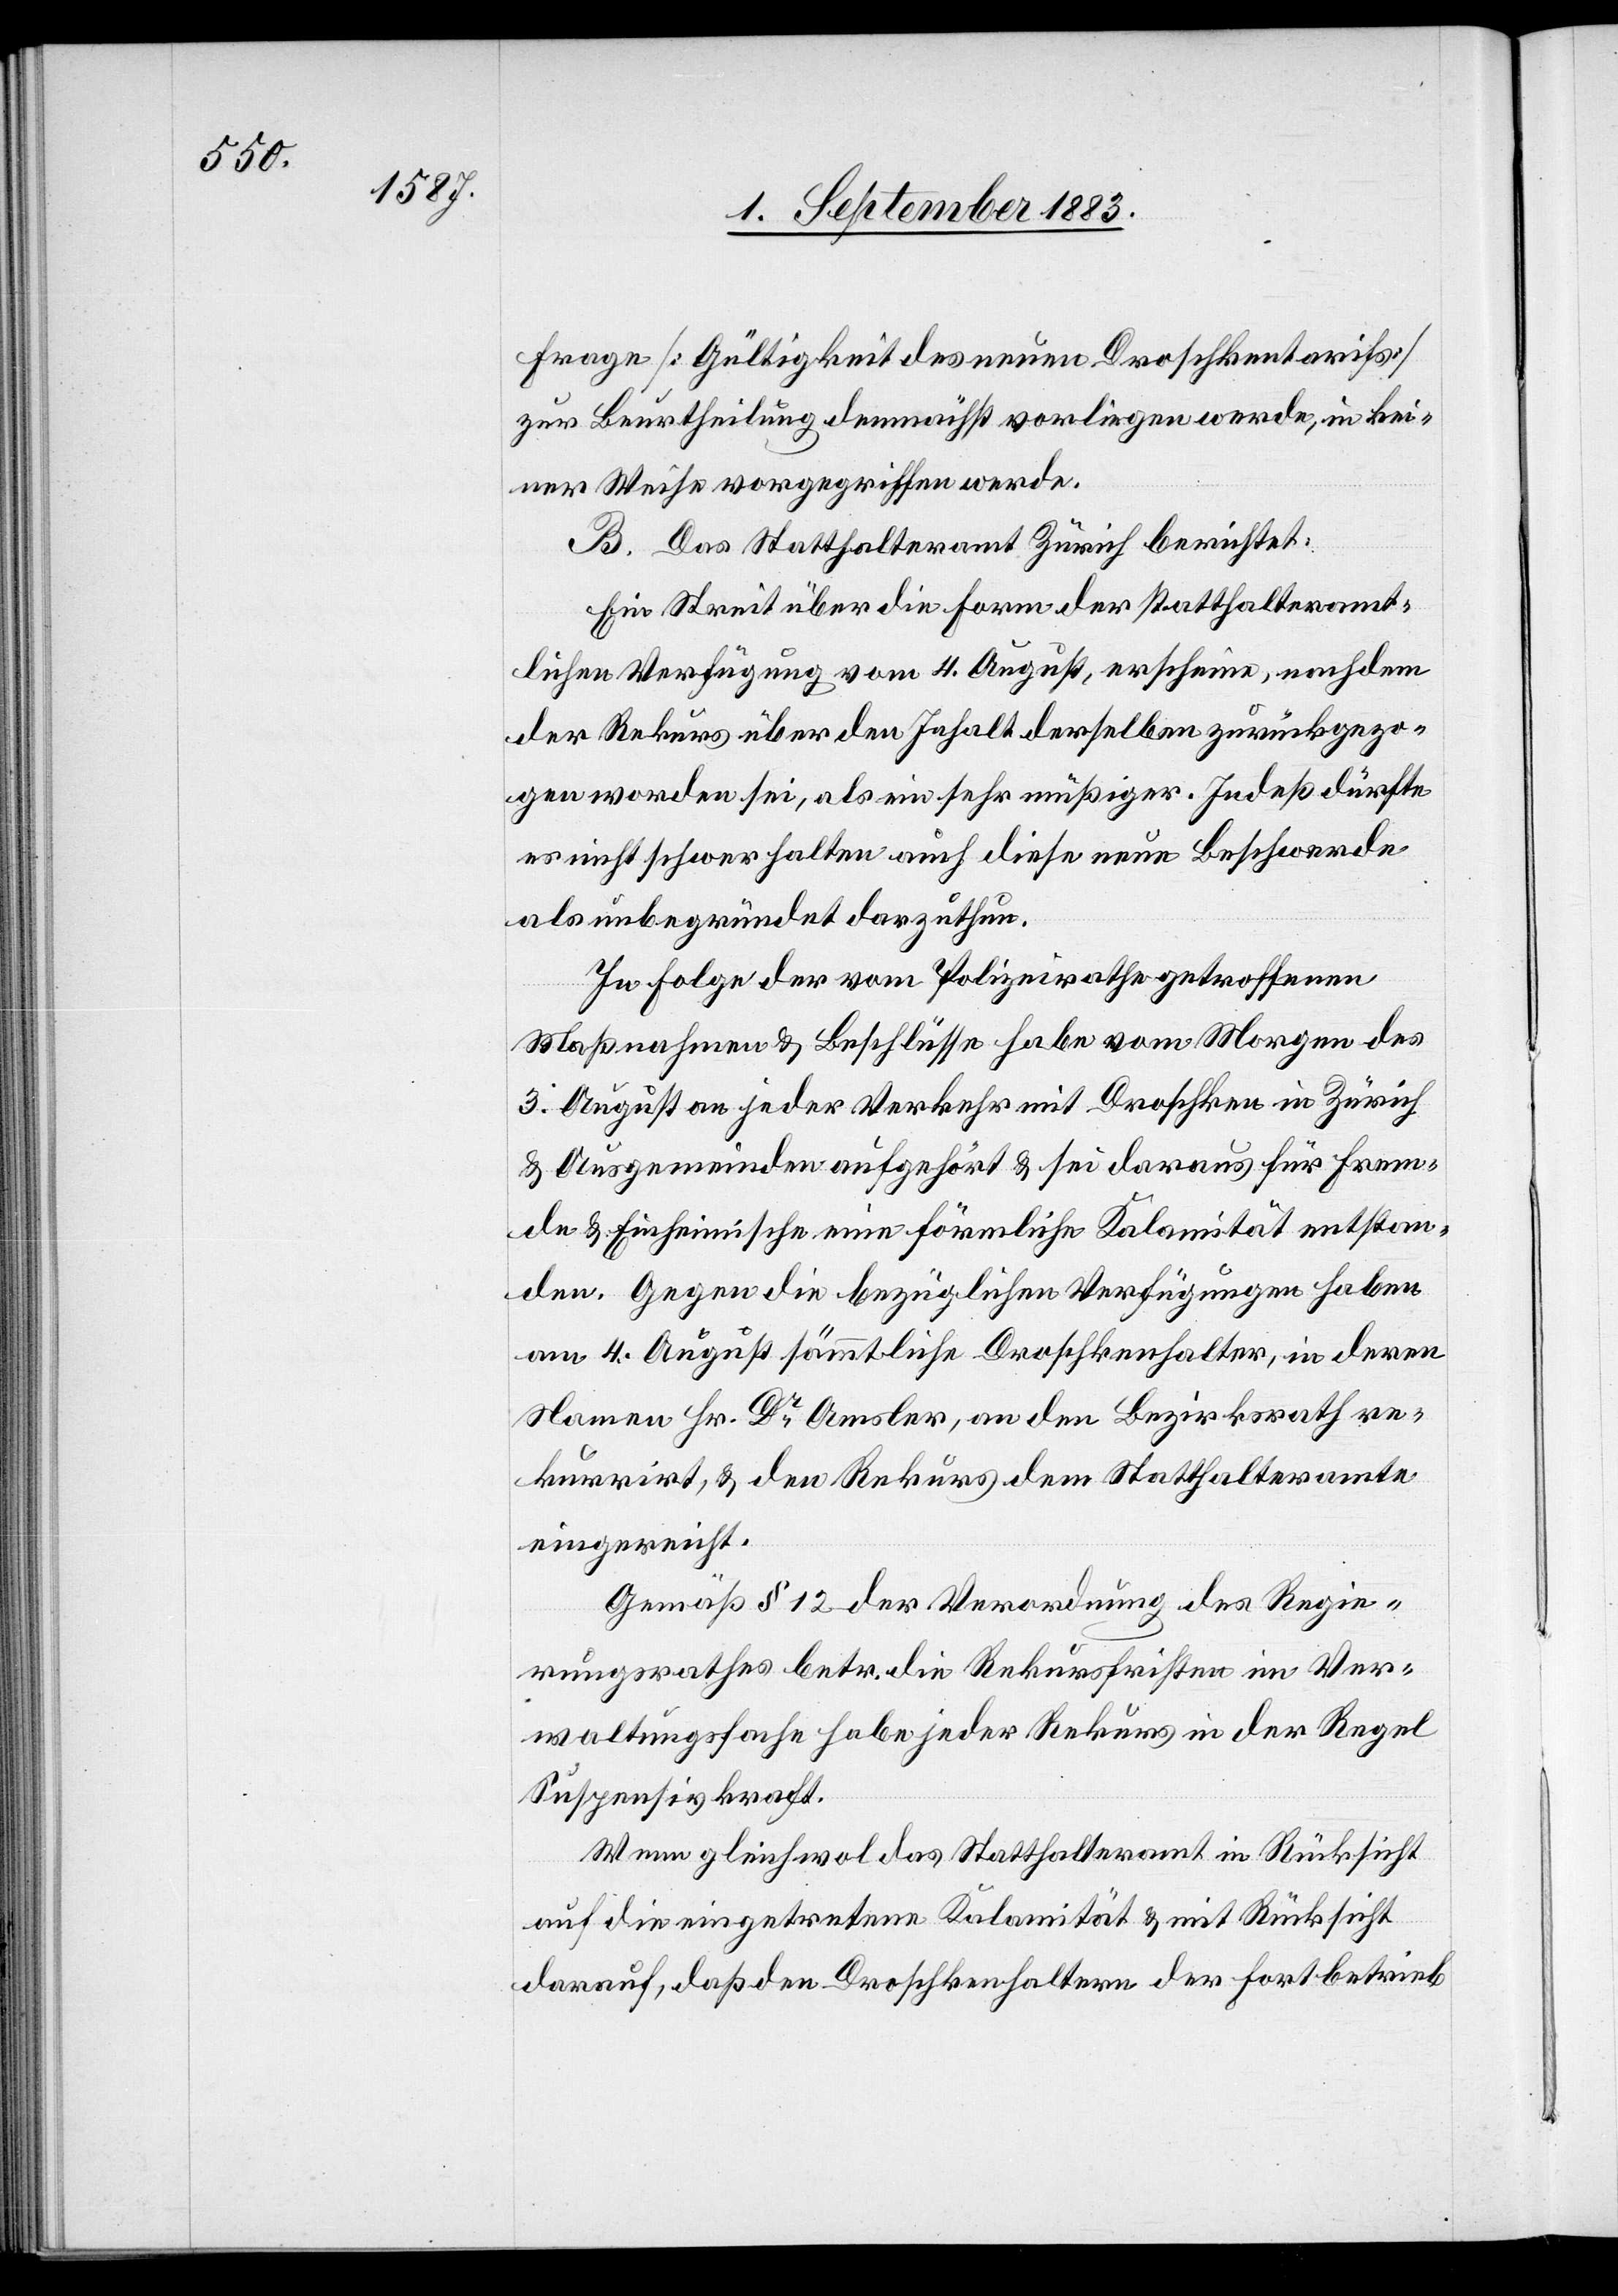
Frage [Gültigkeit des neuen Droschkentarifs]
zur Beurtheilung demnächst vorliegen werde, in kei¬
ner Weise vorgegriffen werde.
B. Das Statthalteramt Zürich berichtet:
Ein Streit über die Form der statthalteramt¬
lichen Verfügung vom 4. August, erscheine, nachdem
der Rekurs über den Inhalt derselben zurückgezo¬
gen worden sei, als ein sehr müßiger. Indeß dürfe
es nicht schwer halten auch diese neue Beschwerde
als unbegründet darzuthun.
In Folge der vom Polizeirathe getroffenen
Maßnahmen & Beschlüsse habe vom Morgen des
3. August an jeder Verkehr mit Droschken in Zürich
& Ausgemeinden aufgehört & sei daraus für Frem¬
de & Einheimische eine förmliche Kalamität entstan¬
den. Gegen die bezüglichen Verfügungen haben
am 4. August sämmtliche Droschkenhalter, in deren
Namen Hr. Dr. Amsler, an den Bezirksrath re¬
kurrirt, & den Rekurs dem Statthalteramte
eingereicht.
Gemäß § 12 der Verordnung des Regie¬
rungsrathes betr. die Rekursfristen im [sic!] Ver¬
waltungssache habe jeder Rekurs in der Regel
Suspensivkraft.
Wenn gleichwol das Statthalteramt in Rücksicht
auf die eingetretene Kalamität & mit Rücksicht
darauf, daß den Droschkenhaltern der Fortbetrieb